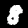
Digit: 8